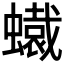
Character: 𧒶